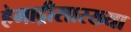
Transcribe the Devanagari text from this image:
हेमाद्रीसारख्या